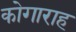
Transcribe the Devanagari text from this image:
कोगाराह